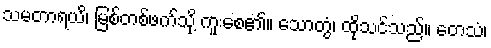
သမတာရယိ၊ မြစ်တစ်ဖက်သို့ ကူးစေ၏။ သောတွံ၊ ထိုသင်သည်။ တေသံ၊